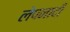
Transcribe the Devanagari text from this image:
लेपनादी